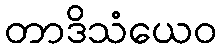
တာဒိသံယေဝ